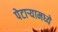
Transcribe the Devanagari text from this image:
पेटार्‍यामध्ये